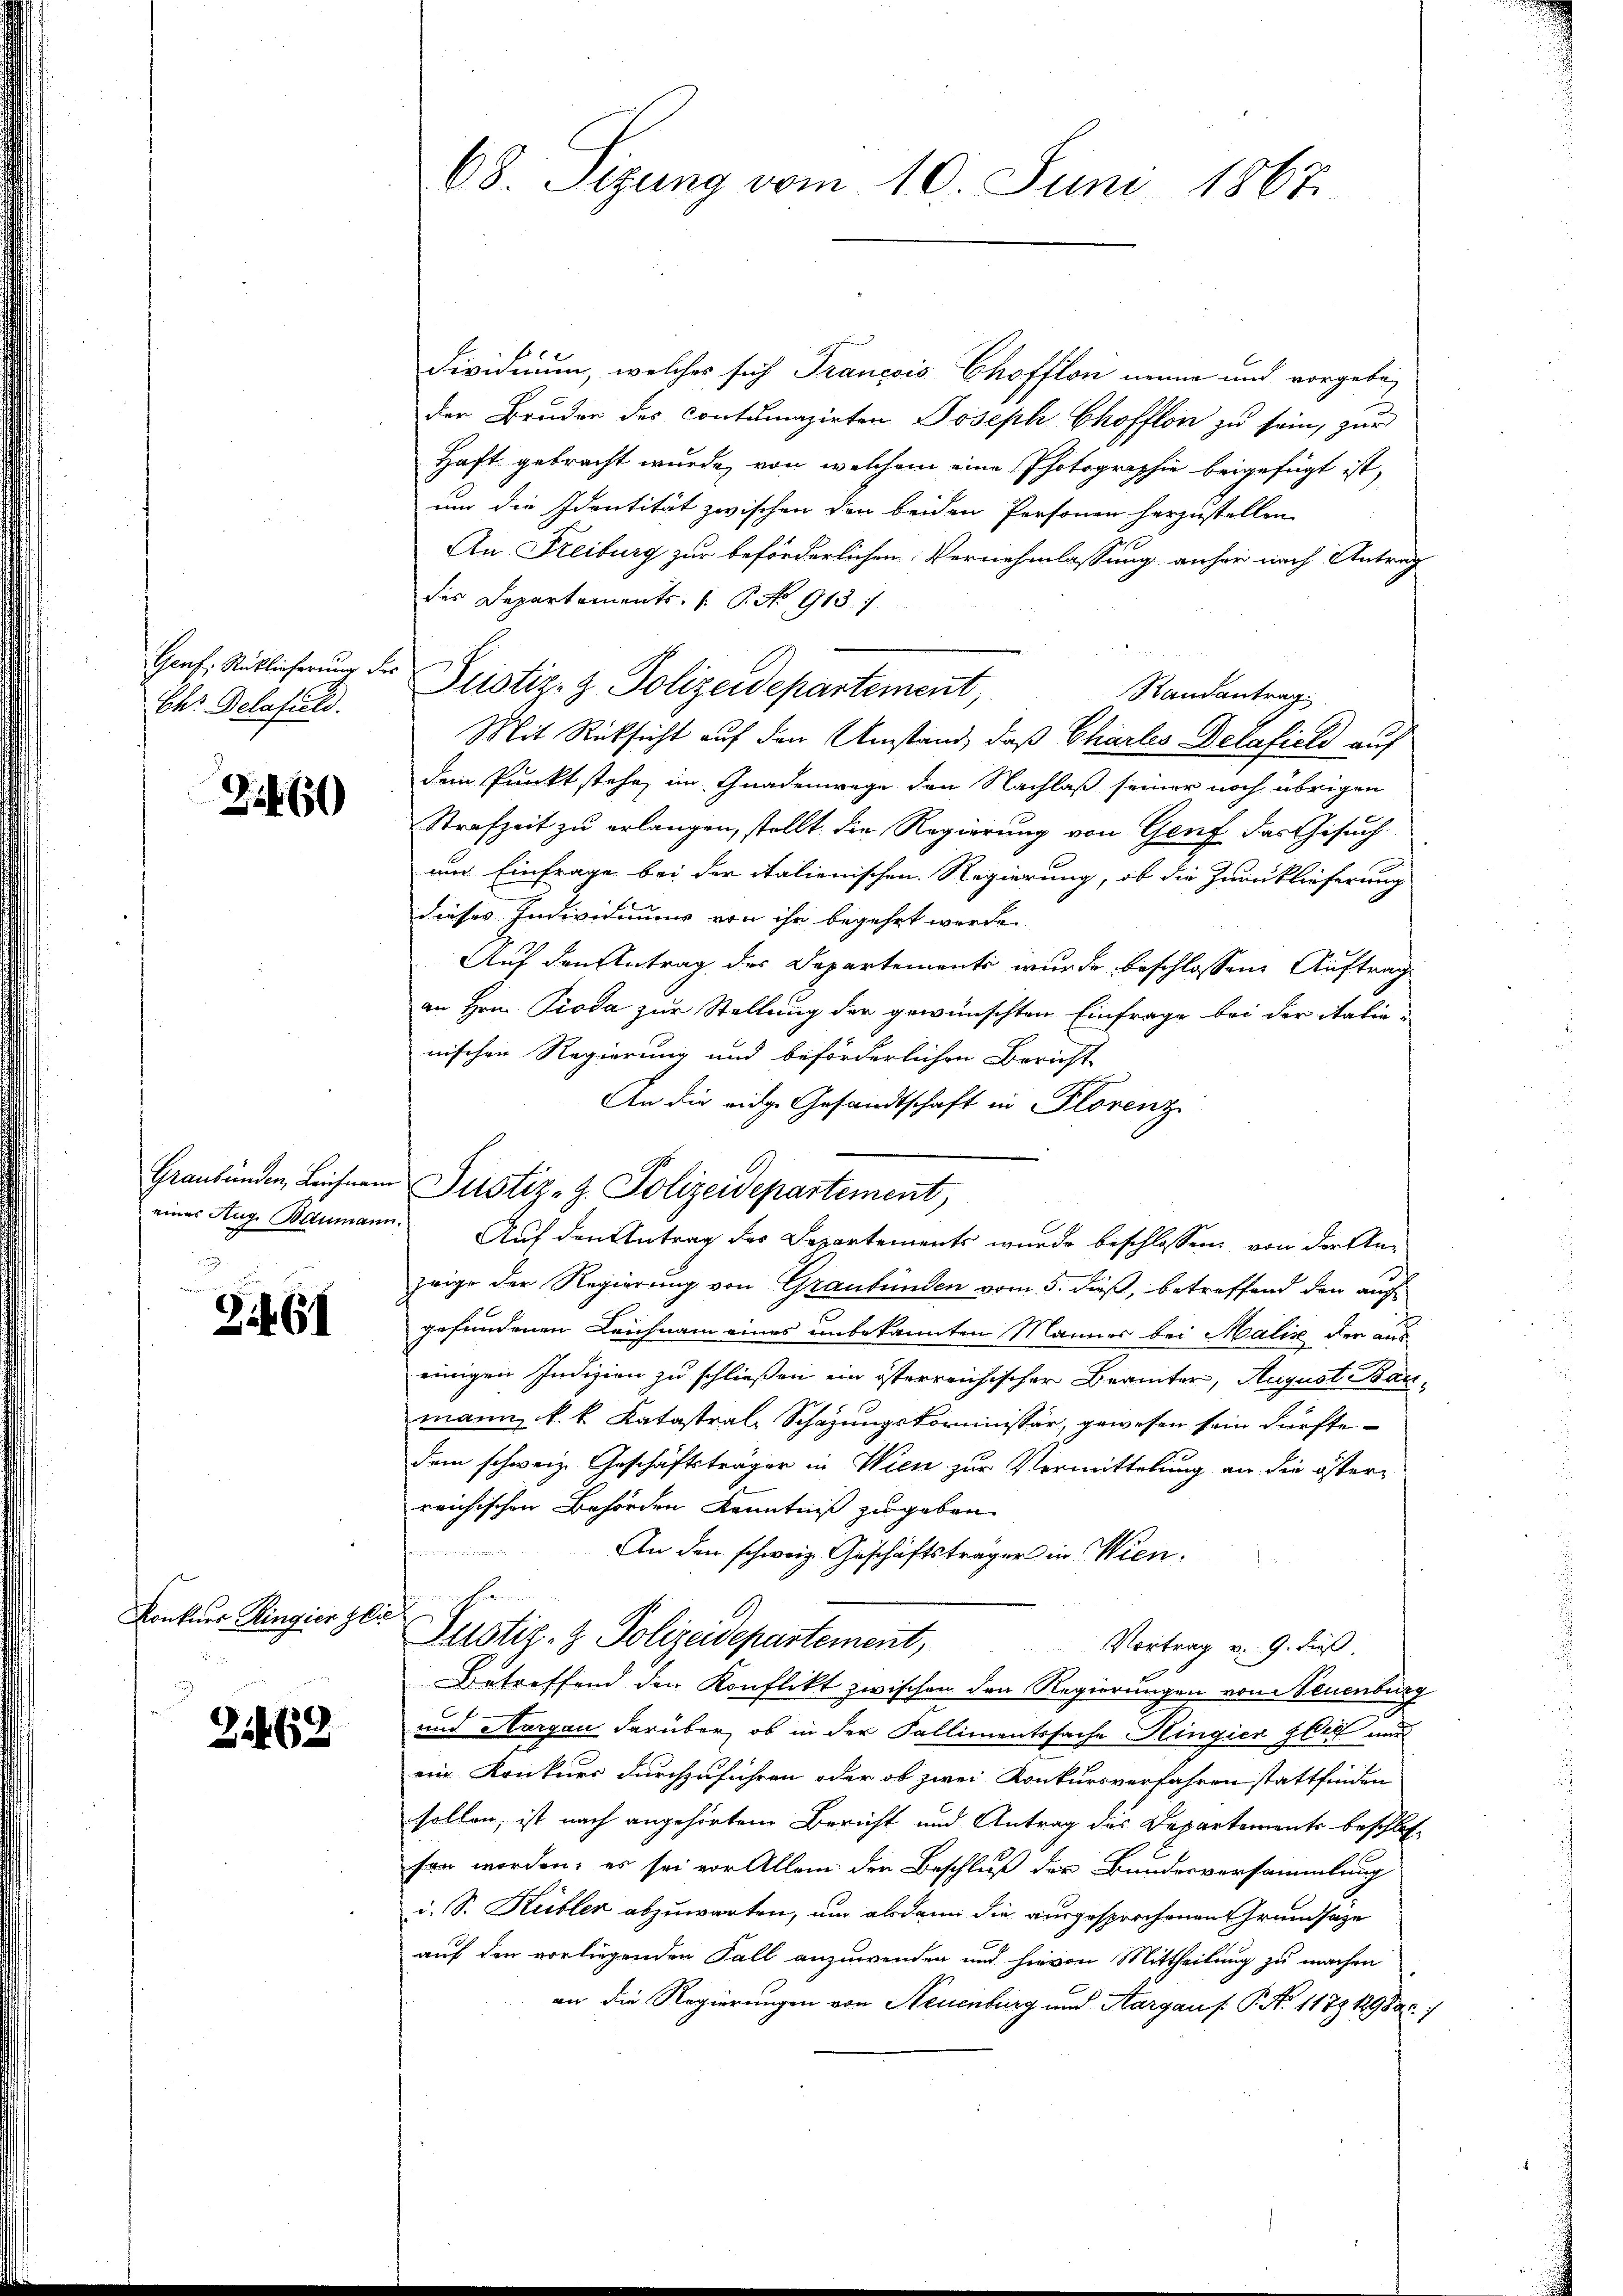
Chr. Delafild.

2460

Zif. 61

Konkurs Ringier Glie

3462

Dividuum, welches sich Francois Chofflon nenne und vorgeben
der Bruder des Contumazirten Joseph Chofflon zu sein, zur
Haft gebracht wurde, von welchem eine Photographie beigefügt ist,
um die Identität zwischen den beiden Personen herzustellen
An Freiburg zur beförderlichen Vernehmlassung anher nach Antrag
des Departements. (T. No 913. 1
Genf. Rütlicherung der Pristiz- & Polizeidepartement,
Randantrag
Mit Rücksicht auf den Umstand, daß Charles Delafiel auf
dem Punkt stehe, im Gnadenwege den Nachlaß seiner noch übrigen
Strafzeit zu erlangen, stellt die Regierung von Genf das Gesuchum Einfrage bei der italienischen Regierung, ob die Zurücklieferung
dieses Individuums von ihr begehrt werde.
Auf den Antrag des Departemente wurde beschlossene Auftrag
an Hrn. Pioda zur Stellung der gewünschten Einfrage bei der italie
nischen Regierung und beförderlichen Bericht
An die eidge Gesandtschaft in Florenz
Graubünden, Leichnen Pristiz- J. Polizeidepartement,
eines Auge Baumann. Auf den Antrag des Departements wurde beschlossen: von der An-
zeige der Regierung von Graubünden vom 5. dieß, betreffend den auf
gefundenen Leichnam eines unbekannten Männer bei Malić der aus
einigen Indizien zu schließen ein österreichischer Beamter, August Bänmann k. k. Katastral-Schazungskommissär, gewesen sein dürfte.
dem schweiz. Geschäftsträger in Wien zur Vermittelung an die öster
reichischen Behörden Kenntniß zugeben
e
An den schweiz. Geschäftsträger in Wien.

Justiz- & Polizeidepartement,
Vortrag v. 9. dieß.
Betreffend den Konflikt zwischen den Regierungen von neuenburg
und Aargau darüber, ob in der Kallimentssache Hingien Zeit und
ein Konkurs durchzuführen oder ob zwei Konkursverfahren stattfinden
sollen, ist nach angehörtem Bericht und Antrag des Departements beschlosfen worden; es sei vor Allem der Beschluß der Bundesversammlung
d. S. Kübler abzuwarten, um alsdann die ausgesprochenen Grundsätze
auf den vorliegenden Fall anzuwenden und hievon Mittheilung zu machen
an die Regierungen von Neuenburg und Aargau s. P. Nr. 1179 18988. 7

68. Sizung vom 10. Juni 1867.